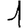
Digit: 1